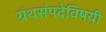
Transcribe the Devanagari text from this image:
ग्रंथसंपदेविषयी